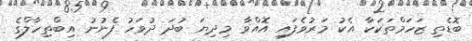
ބޮޑެތި ޒަހަމްތަކަކާ އެކު މަރުވެފައި އޮއްވާ މިދިޔަ ބުދަ ދުވަހު ފެނުނު އިބްތިހާލްގެ